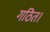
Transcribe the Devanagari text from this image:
गठित।